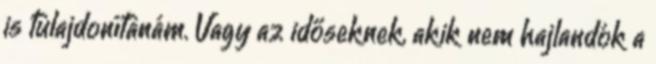
is tulajdonítanám. Vagy az időseknek, akik nem hajlandók a